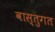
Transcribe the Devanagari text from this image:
वास्तुगत